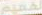
لخميم